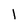
Character: 1